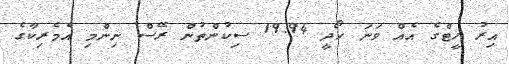
އިރު ހީޓްގެ އެއް ވަނަ ހޯދީ 19.94 ސިކުންތުން ރޭސް ނިންމި އެމެރިކާގެ